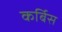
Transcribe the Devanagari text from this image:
कर्बिस